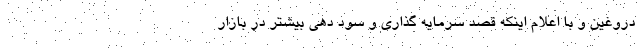
دروغین و با اعلام اینکه قصد سرمایه گذاری و سود دهی بیشتر در بازار